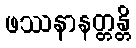
ဖဿနာနတ္တန္တိ